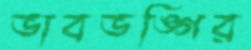
ভাবভঙ্গির